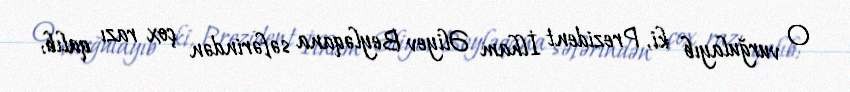
O vurğulayıb ki, Prezident İlham Əliyev Beyləqana səfərindən çox razı qalıb: